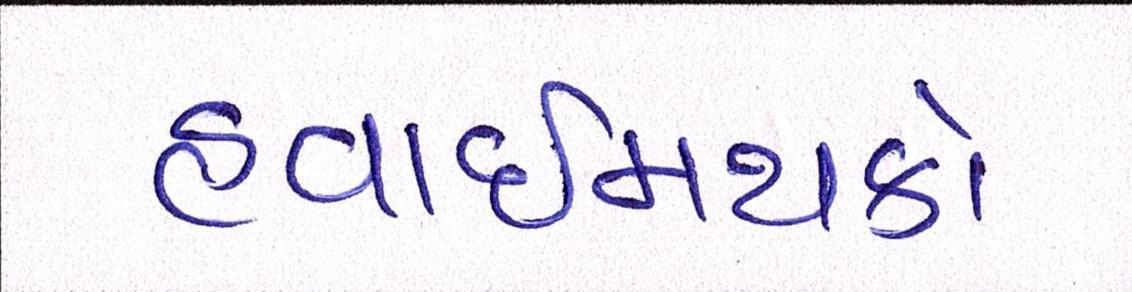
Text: હવાઈમથકો